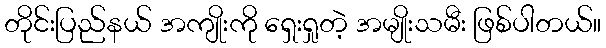
တိုင်းပြည်နယ် အကျိုးကို ရှေးရှုတဲ့ အမျိုးသမီး ဖြစ်ပါတယ်။